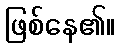
ဖြစ်နေ၏။